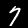
Digit: 7